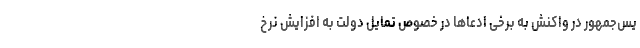
یس‌جمهور در واکنش به برخی ادعاها در خصوص تمایل دولت به افزایش نرخ